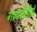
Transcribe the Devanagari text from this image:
गायत्रीतीर्थ